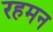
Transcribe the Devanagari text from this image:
रहमन